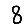
Digit: 8